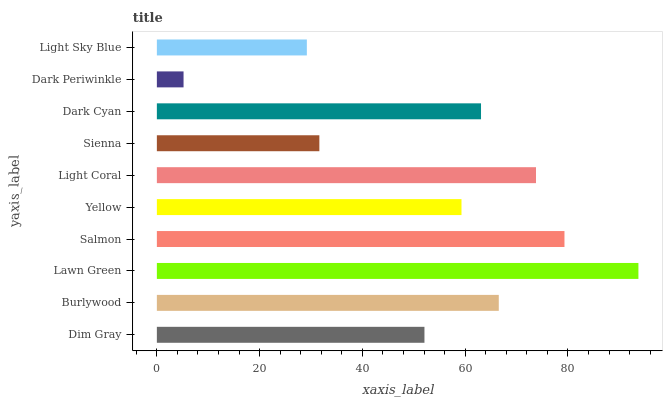
| yaxis_label | bars |
 | --- | --- |
 | Dim Gray | 52.1 |
 | Burlywood | 66.5 |
 | Lawn Green | 93.7 |
 | Salmon | 79.3 |
 | Yellow | 59.3 |
 | Light Coral | 73.8 |
 | Sienna | 31.6 |
 | Dark Cyan | 63.1 |
 | Dark Periwinkle | 5.19 |
 | Light Sky Blue | 29.2 |